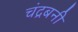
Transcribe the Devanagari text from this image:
चंद्रबनी